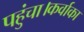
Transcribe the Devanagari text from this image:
पहुंचा।कर्वाका